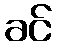
ခင်